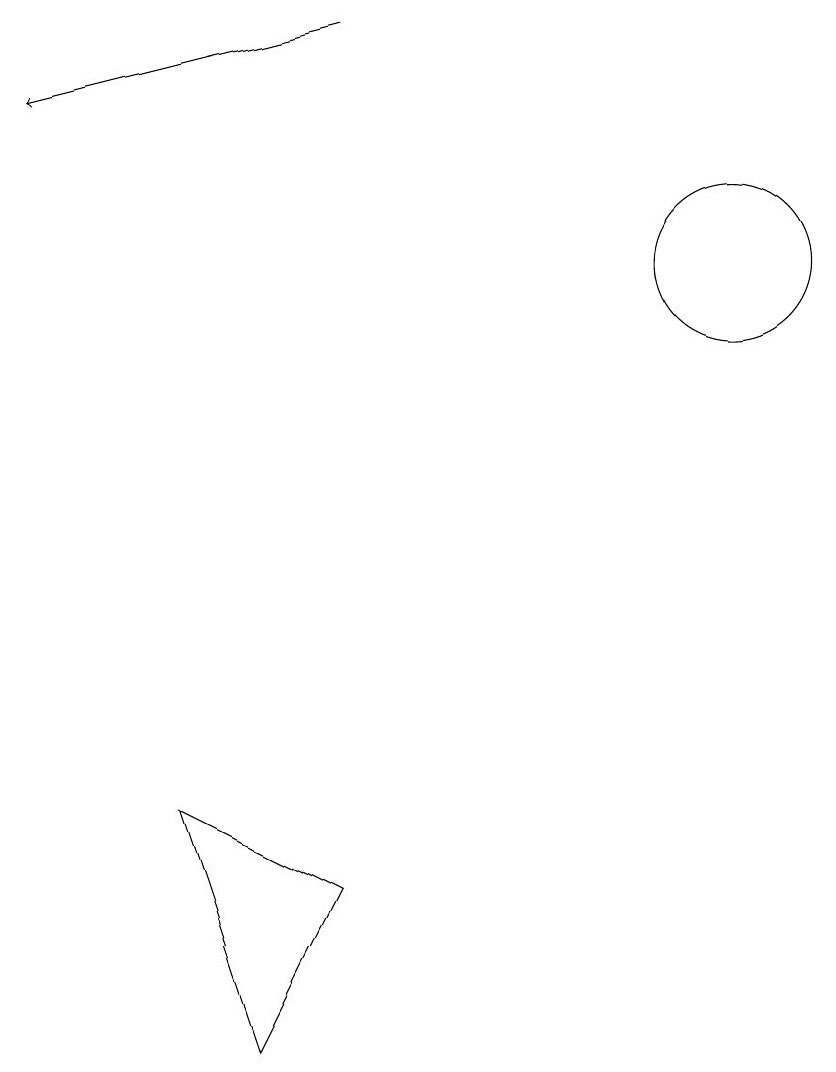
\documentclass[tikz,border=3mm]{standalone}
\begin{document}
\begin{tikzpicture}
\draw[->] (6,15) -- (2,14);
\draw (11,12) circle (1);
\draw (6,4) -- (5,2) -- (4,5) -- cycle;
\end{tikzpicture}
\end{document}